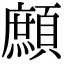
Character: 𩔼